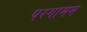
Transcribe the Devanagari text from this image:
परगामम